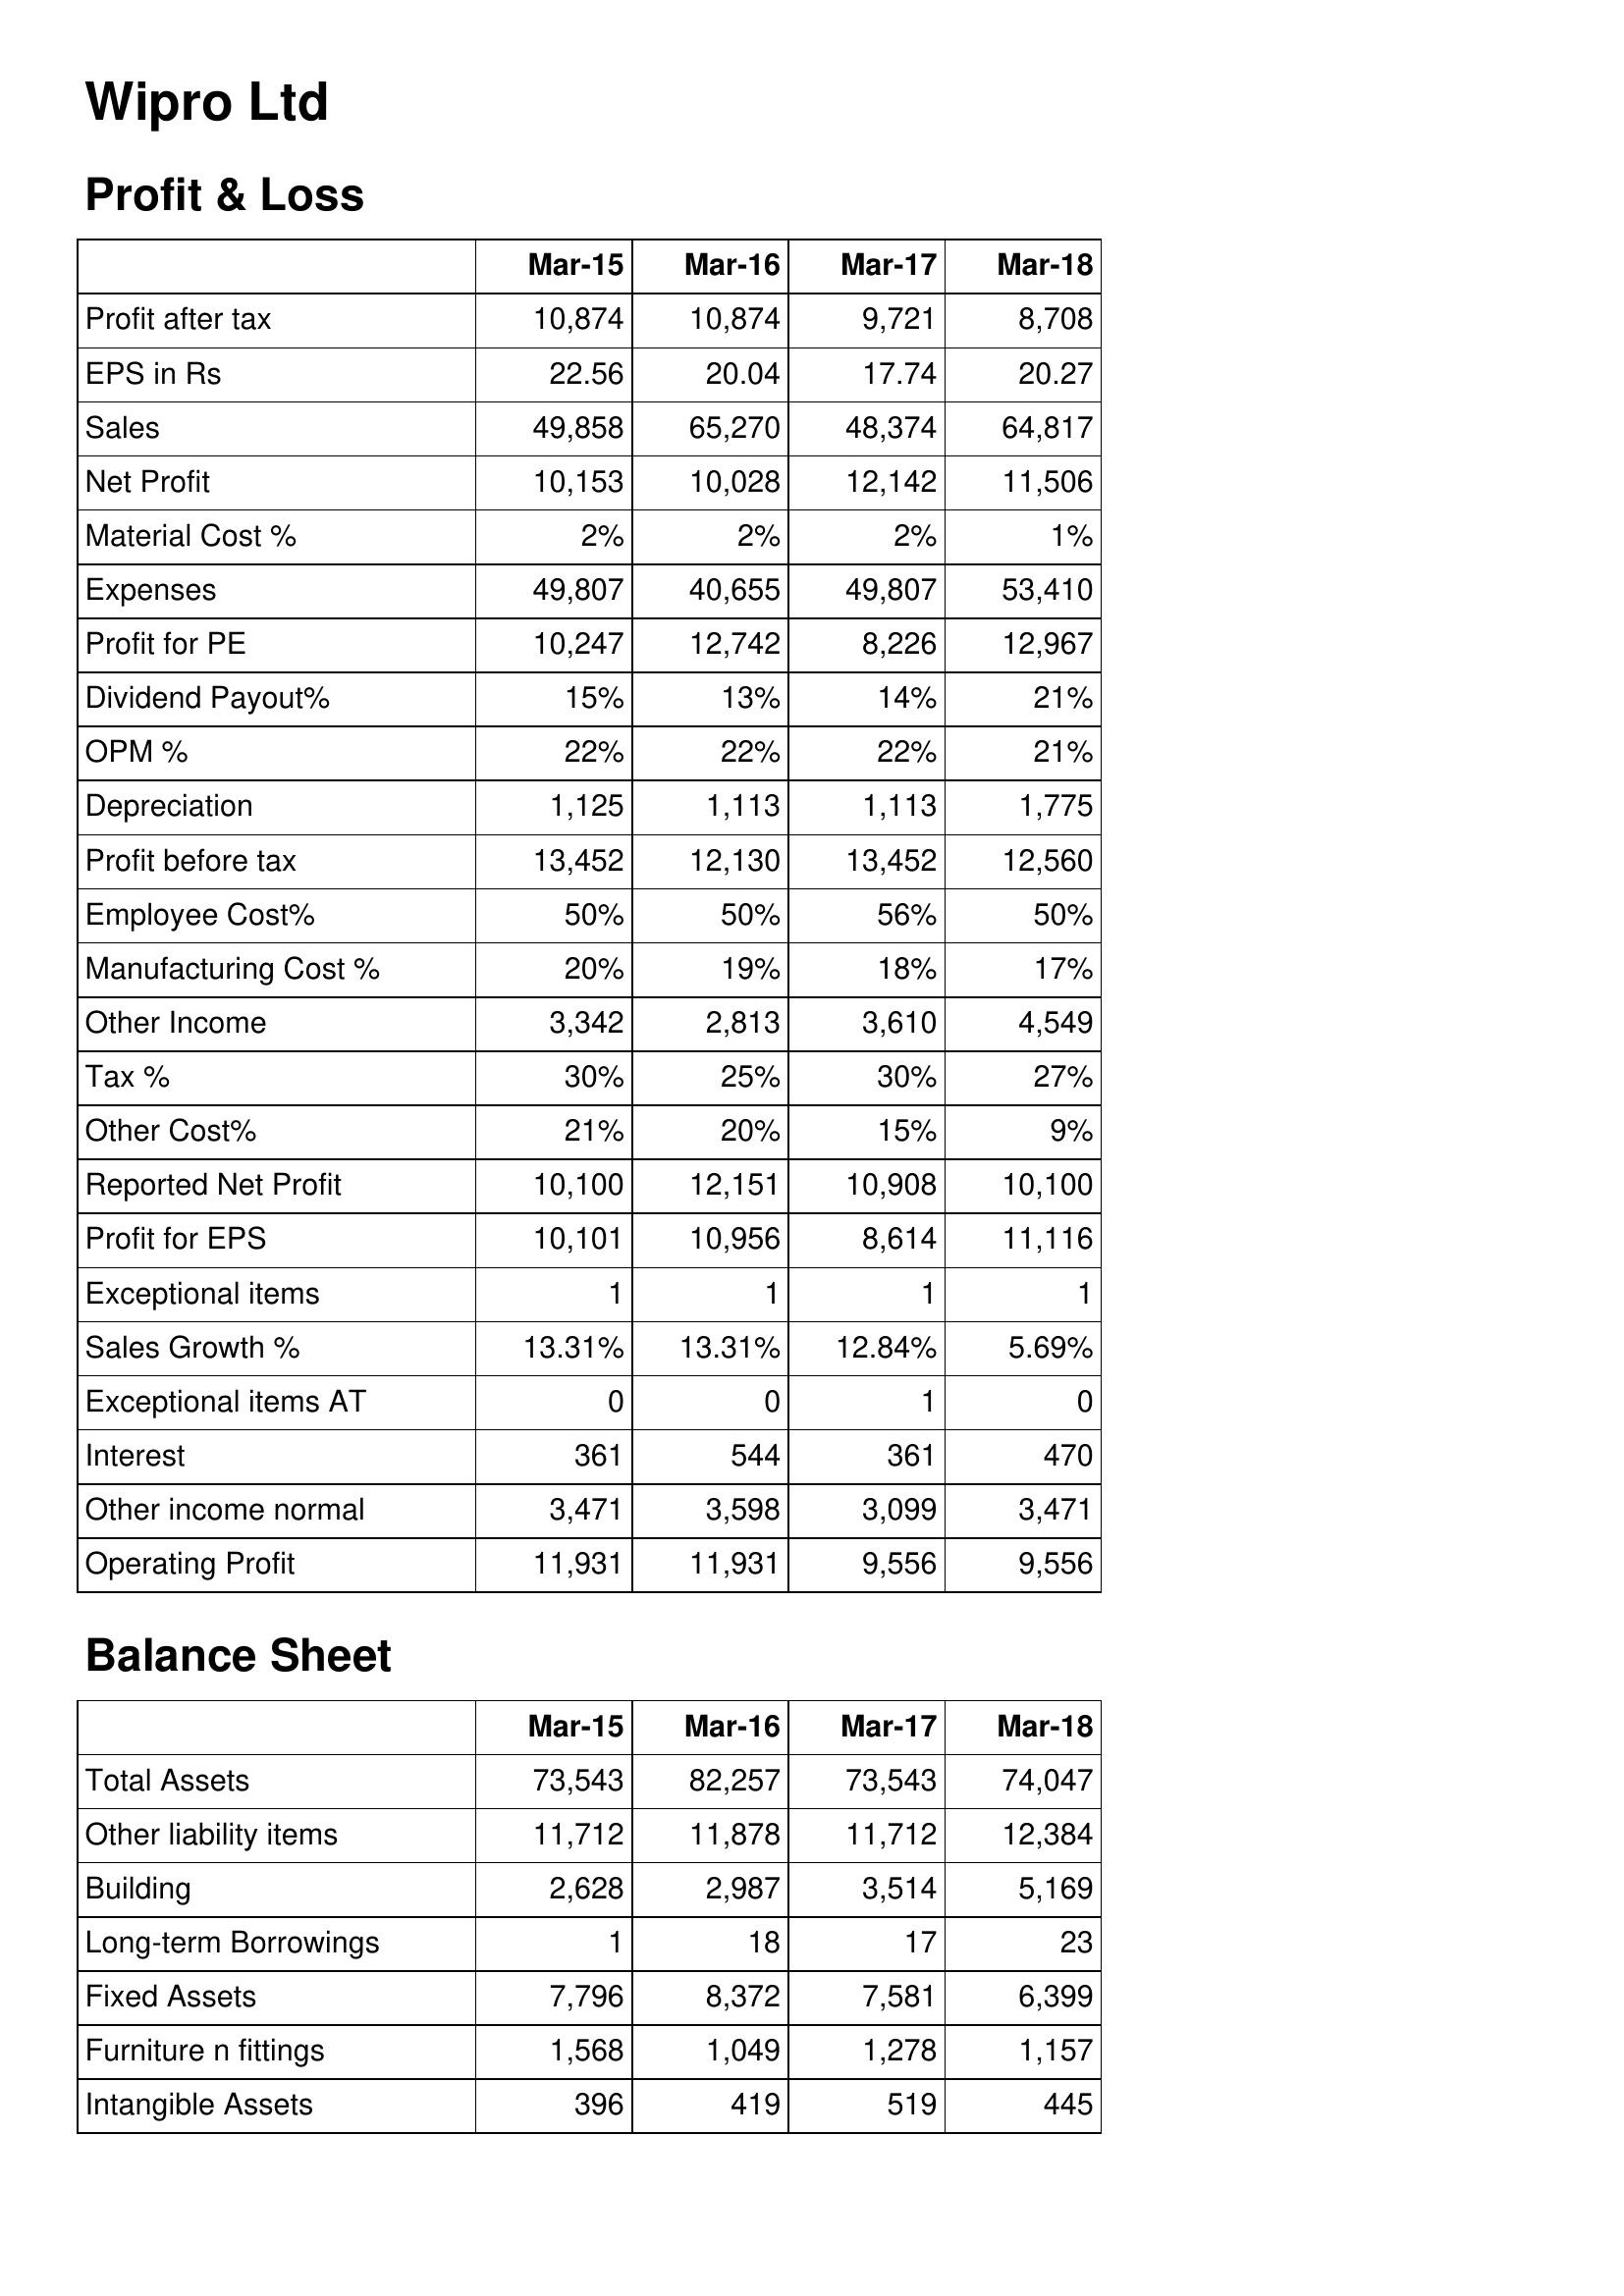
Mar-15: Profit & Loss: Profit after tax: 10,874
EPS in Rs: 22.56
Sales: 49,858
Net Profit: 10,153
Material Cost %: 2%
Expenses: 49,807
Profit for PE: 10,247
Dividend Payout%: 15%
OPM %: 22%
Depreciation: 1,125
Profit before tax: 13,452
Employee Cost%: 50%
Manufacturing Cost %: 20%
Other Income: 3,342
Tax %: 30%
Other Cost%: 21%
Reported Net Profit: 10,100
Profit for EPS: 10,101
Exceptional items: 1
Sales Growth %: 13.31%
Exceptional items AT: 0
Interest: 361
Other income normal: 3,471
Operating Profit: 11,931
Balance Sheet: Total Assets: 73,543
Other liability items: 11,712
Building: 2,628
Long-term Borrowings: 1
Fixed Assets: 7,796
Furniture n fittings: 1,568
Intangible Assets: 396
Mar-16: Profit & Loss: Profit after tax: 10,874
EPS in Rs: 20.04
Sales: 65,270
Net Profit: 10,028
Material Cost %: 2%
Expenses: 40,655
Profit for PE: 12,742
Dividend Payout%: 13%
OPM %: 22%
Depreciation: 1,113
Profit before tax: 12,130
Employee Cost%: 50%
Manufacturing Cost %: 19%
Other Income: 2,813
Tax %: 25%
Other Cost%: 20%
Reported Net Profit: 12,151
Profit for EPS: 10,956
Exceptional items: 1
Sales Growth %: 13.31%
Exceptional items AT: 0
Interest: 544
Other income normal: 3,598
Operating Profit: 11,931
Balance Sheet: Total Assets: 82,257
Other liability items: 11,878
Building: 2,987
Long-term Borrowings: 18
Fixed Assets: 8,372
Furniture n fittings: 1,049
Intangible Assets: 419
Mar-17: Profit & Loss: Profit after tax: 9,721
EPS in Rs: 17.74
Sales: 48,374
Net Profit: 12,142
Material Cost %: 2%
Expenses: 49,807
Profit for PE: 8,226
Dividend Payout%: 14%
OPM %: 22%
Depreciation: 1,113
Profit before tax: 13,452
Employee Cost%: 56%
Manufacturing Cost %: 18%
Other Income: 3,610
Tax %: 30%
Other Cost%: 15%
Reported Net Profit: 10,908
Profit for EPS: 8,614
Exceptional items: 1
Sales Growth %: 12.84%
Exceptional items AT: 1
Interest: 361
Other income normal: 3,099
Operating Profit: 9,556
Balance Sheet: Total Assets: 73,543
Other liability items: 11,712
Building: 3,514
Long-term Borrowings: 17
Fixed Assets: 7,581
Furniture n fittings: 1,278
Intangible Assets: 519
Mar-18: Profit & Loss: Profit after tax: 8,708
EPS in Rs: 20.27
Sales: 64,817
Net Profit: 11,506
Material Cost %: 1%
Expenses: 53,410
Profit for PE: 12,967
Dividend Payout%: 21%
OPM %: 21%
Depreciation: 1,775
Profit before tax: 12,560
Employee Cost%: 50%
Manufacturing Cost %: 17%
Other Income: 4,549
Tax %: 27%
Other Cost%: 9%
Reported Net Profit: 10,100
Profit for EPS: 11,116
Exceptional items: 1
Sales Growth %: 5.69%
Exceptional items AT: 0
Interest: 470
Other income normal: 3,471
Operating Profit: 9,556
Balance Sheet: Total Assets: 74,047
Other liability items: 12,384
Building: 5,169
Long-term Borrowings: 23
Fixed Assets: 6,399
Furniture n fittings: 1,157
Intangible Assets: 445